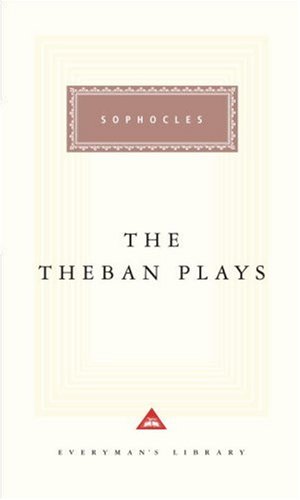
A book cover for The Theban Plays (Everyman's Library (Cloth)); Sophocles; Literature & Fiction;